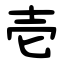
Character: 壱